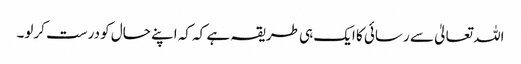
اللہ تعالیٰ سے رسائی کا ایک ہی طریقہ ہے کہ کہ اپنے حال کو درست کرلو۔